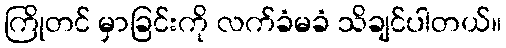
ကြိုတင် မှာခြင်းကို လက်ခံမခံ သိချင်ပါတယ်။